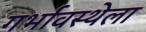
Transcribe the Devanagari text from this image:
गर्भावस्थेला